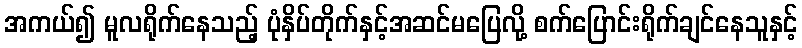
အကယ်၍ မူလရိုက်နေသည့် ပုံနှိပ်တိုက်နှင့်အဆင်မပြေလို့ စက်ပြောင်းရိုက်ချင်နေသူနှင့်